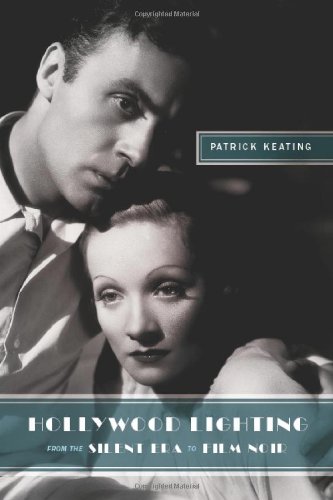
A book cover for Hollywood Hollywood Lighting from the Silent Era to Film Noir (Film and Culture Series); Patrick Keating; Humor & Entertainment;